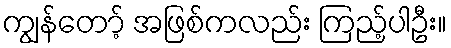
ကျွန်တော့် အဖြစ်ကလည်း ကြည့်ပါဦး။